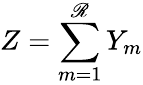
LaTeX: Z=\sum_{m=1}^{\mathscr{R}}Y_{m}